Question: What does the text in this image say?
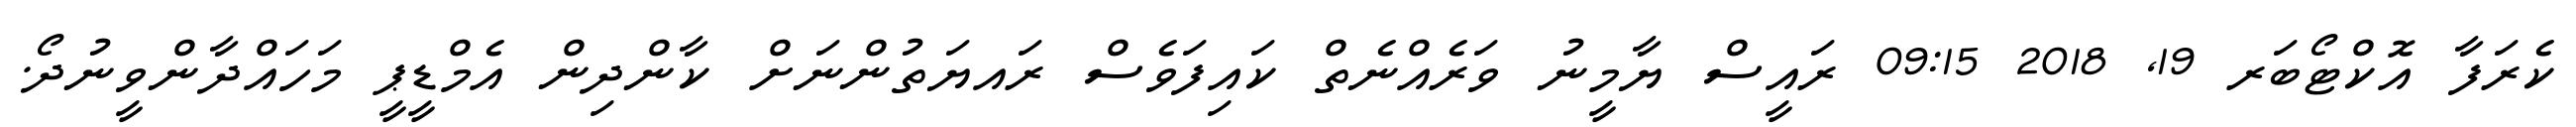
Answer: ކެރަފާ އޮކްޓޯބަރ 19, 2018 09:15 ރައީސް ޔާމީނު ވަރެއްނެތް ކައިފަވެސް ރައޔަތުންނަށް ކާންދިން އެމްޑީޕީ މަހައްދާންވީނުދޯ.